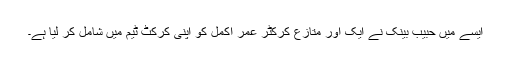
ایسے میں حبیب بینک نے ایک اور متازع کرکٹر عمر اکمل کو اپنی کرکٹ ٹیم میں شامل کر لیا ہے۔